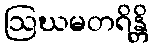
ဩဃမတရိန္တိ